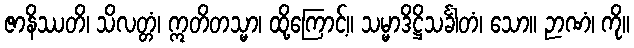
ဇာနိဿတိ၊ သိလတ္တံ၊ ဣတိတသ္မာ၊ ထို့ကြောင့်။ သမ္မာဒိဋ္ဌိသင်္ခါတံ၊ သော။ ဉာဏံ၊ ကို။